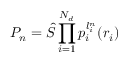
P _ { n } = { \hat { S } } \prod _ { i = 1 } ^ { N _ { d } } p _ { i } ^ { l _ { i } ^ { n } } ( r _ { i } )